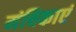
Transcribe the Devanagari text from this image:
मंचिकाएं